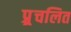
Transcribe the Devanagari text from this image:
प्र्र्रचलित